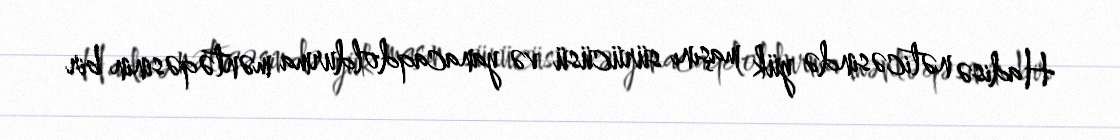
Hadisə nəticəsində yük maşını sürücüsü və yanacaqdoldurma məntəqəsinin bir